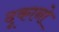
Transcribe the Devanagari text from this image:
दूकानो